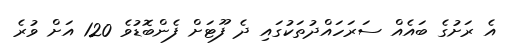
އެ ރަށުގެ ބައެއް ސަރަހައްދުތަކުގައި ދެ ފޫޓަށް ފެންބޮޑުވެ 120 އަށް ވުރެ